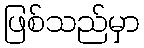
ဖြစ်သည်မှာ